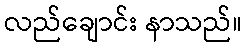
လည်ချောင်း နာသည်။